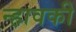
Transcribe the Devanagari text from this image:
न्हावकी